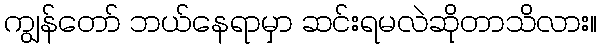
ကျွန်တော် ဘယ်နေရာမှာ ဆင်းရမလဲဆိုတာသိလား။